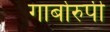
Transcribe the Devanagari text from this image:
गार्बोरुपी